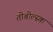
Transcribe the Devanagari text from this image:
तोबोल्स्क